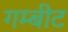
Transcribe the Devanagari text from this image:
गम्बीट